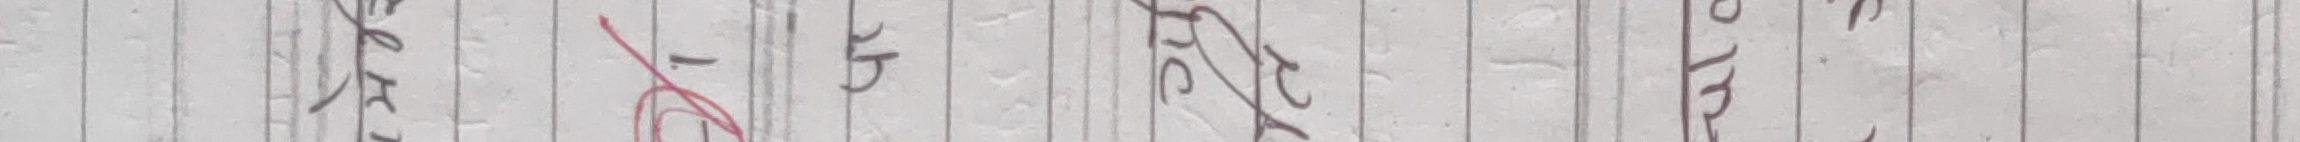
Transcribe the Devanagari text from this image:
धारेर